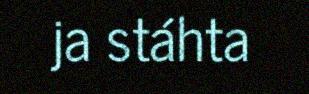
ja stáhta